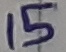
Text: 15